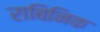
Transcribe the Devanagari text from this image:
राबिनिक